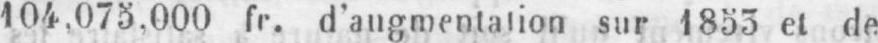
104.075.000 fr. d’augmentation sur 1853 et de